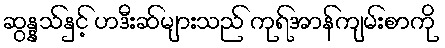
ဆွန္နသ်နှင့် ဟဒီးဆ်များသည် ကုရ်အာန်ကျမ်းစာကို